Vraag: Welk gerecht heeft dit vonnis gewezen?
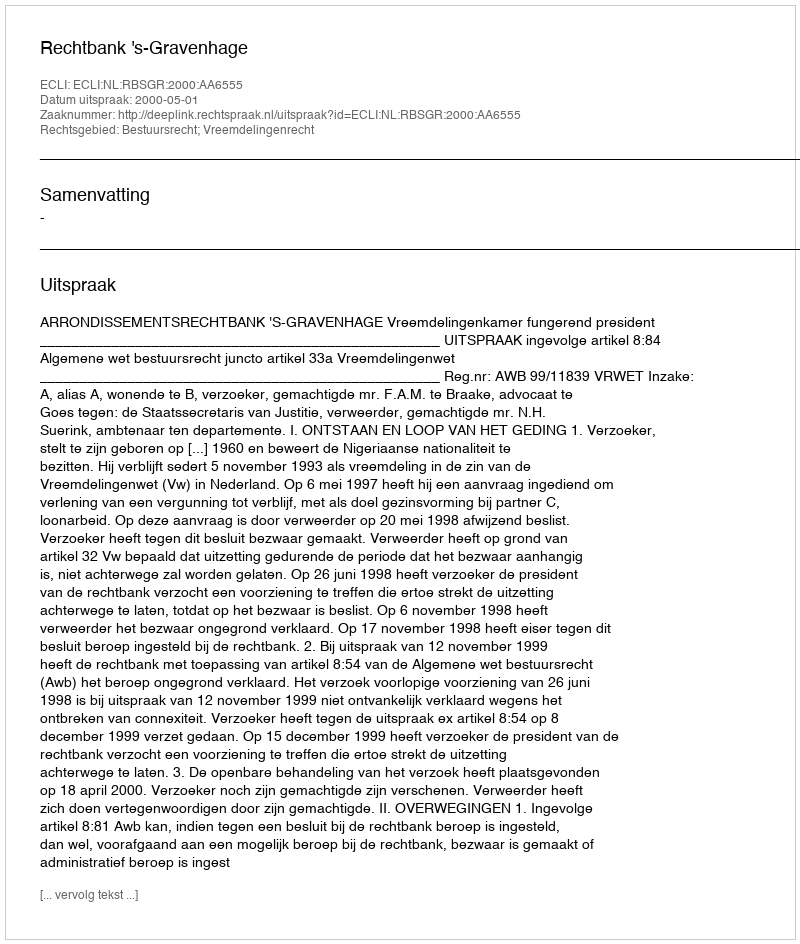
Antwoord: Rechtbank 's-Gravenhage